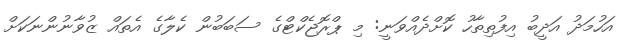
އަހުމަދު އަދީބު އިފުތިތާހު ކޮށްދެއްވަނީ: މި ޕްރޮޖެކްޓްގެ ސަބަބުން ކެލާގެ އެތައް ޒުވާނުންނަކަށް